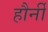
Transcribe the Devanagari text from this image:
हौर्नी